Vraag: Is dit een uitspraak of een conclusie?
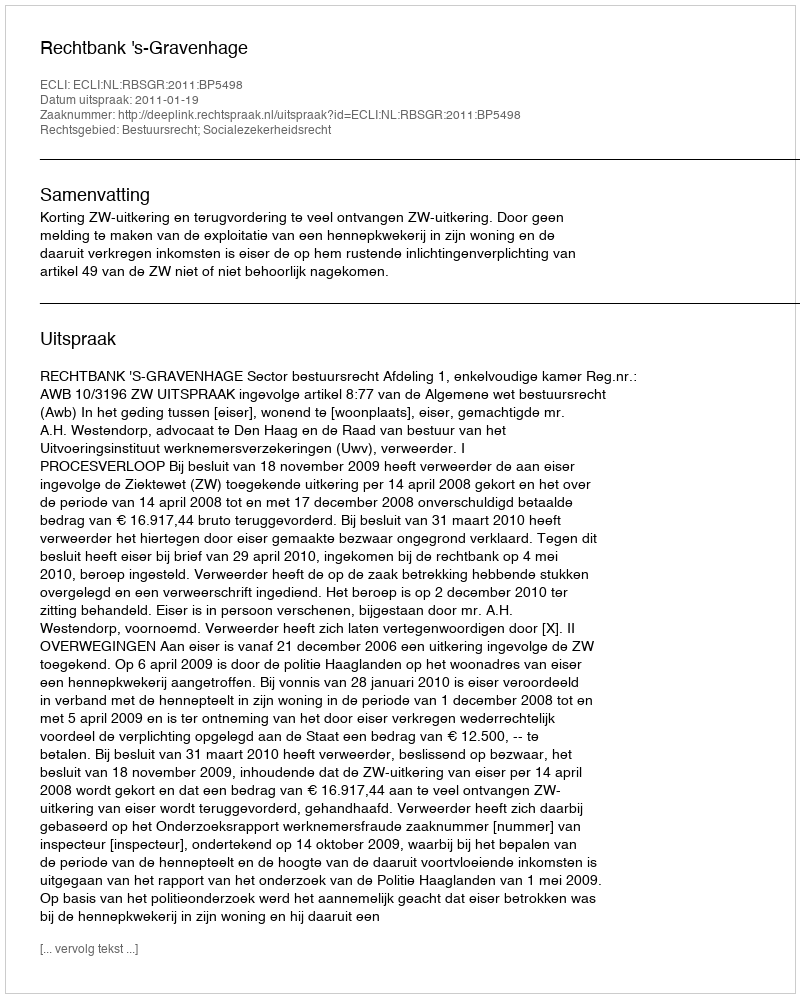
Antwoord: Uitspraak